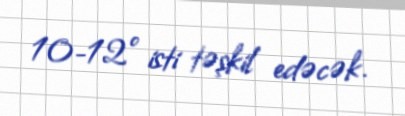
10-12° isti təşkil edəcək.